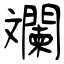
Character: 斕